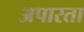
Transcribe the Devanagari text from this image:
अपारता